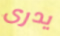
يدرى